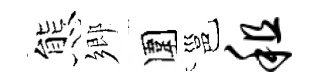
態鄉圍邕租